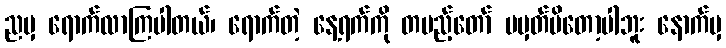
ညမှ ရောက်လာကြပါတယ်၊ ရောက်တဲ့ နေ့ရက်ကို တပည့်တော် မမှတ်မိတော့ပါဘူး နောက်မှ